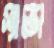
স্যান্ডো